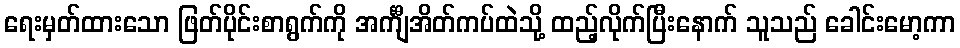
ရေးမှတ်ထားသော ဖြတ်ပိုင်းစာရွက်ကို အင်္ကျီအိတ်ကပ်ထဲသို့ ထည့်လိုက်ပြီးနောက် သူသည် ခေါင်းမော့ကာ